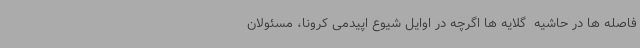
فاصله ها در حاشیه  گلایه ها اگرچه در اوایل شیوع اپیدمی کرونا، مسئولان